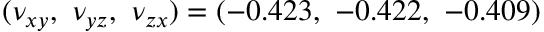
( \nu _ { x y } , ~ \nu _ { y z } , ~ \nu _ { z x } ) = ( - 0 . 4 2 3 , ~ - 0 . 4 2 2 , ~ - 0 . 4 0 9 )